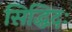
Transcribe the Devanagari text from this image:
सिद्धिदः